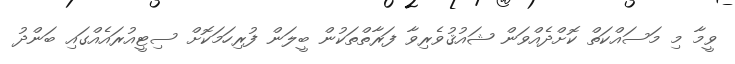
ވީމާ މި މަސައްކަތް ކޮށްދެއްވަން ޝައުޤުވެރިވާ ފަރާތްތަކުން ބީލަން ފުރިހަމަކޮށް ސިޓީއުރައެއްގައި ބަންދު